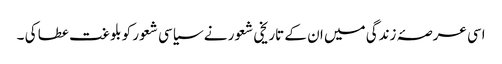
اسی عرصۂ زندگی میں ان کے تاریخی شعور نے سیاسی شعور کو بلوغت عطا کی ۔